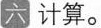
计算。